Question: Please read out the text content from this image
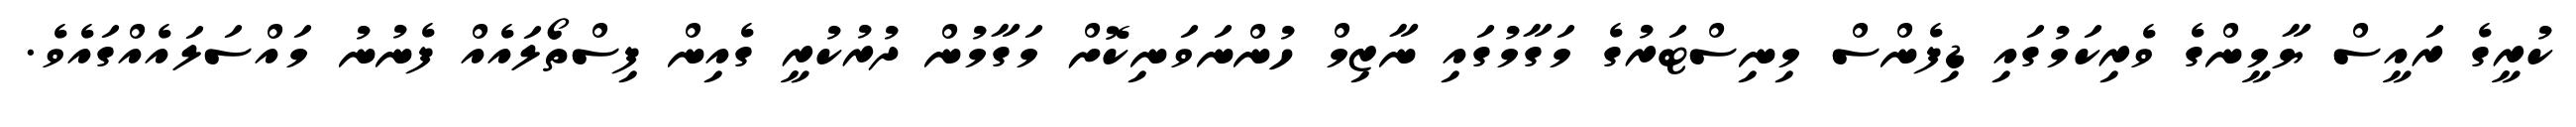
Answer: ކުރީގެ ރައީސް ޔާމީންގެ ވެރިކަމުގައި ޑިފެންސް މިނިސްޓަރުގެ މަގާމުގައި ނާޒިމް ހުންނަވަނިކޮށް މަގާމުން ދުރުކުރީ ގެއިން ފިސްތޯލައެއް ފެނުނު މައްސަލައެއްގައެވެ.